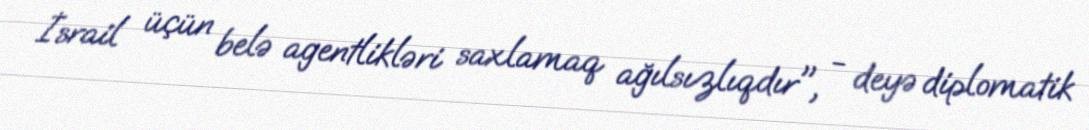
İsrail üçün belə agentlikləri saxlamaq ağılsızlıqdır", - deyə diplomatik